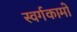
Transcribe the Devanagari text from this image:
स्वर्गकामो